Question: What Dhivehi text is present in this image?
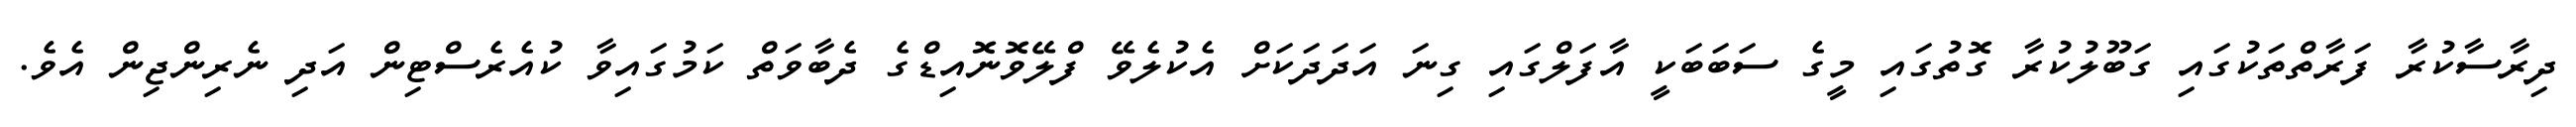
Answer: ދިރާސާކުރާ ފަރާތްތަކުގައި ގަބޫލުކުރާ ގޮތުގައި މީގެ ސަބަބަކީ އާފަލްގައި ގިނަ އަދަދަކަށް އެކުލެވޭ ފްލޭވޮނޮއިޑްގެ ދެބާވަތް ކަމުގައިވާ ކުއެރެސްޓިން އަދި ނެރިންޖިން އެވެ.